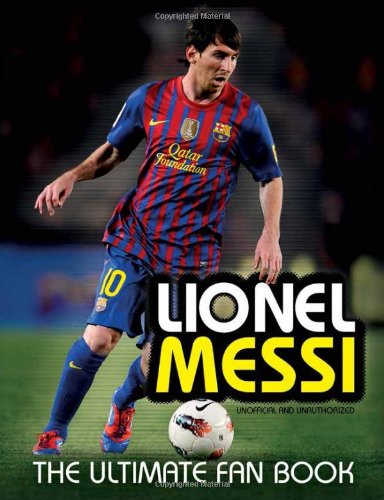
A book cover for Lionel Messi: The Ultimate Fan Book; Mike Perez; Children's Books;